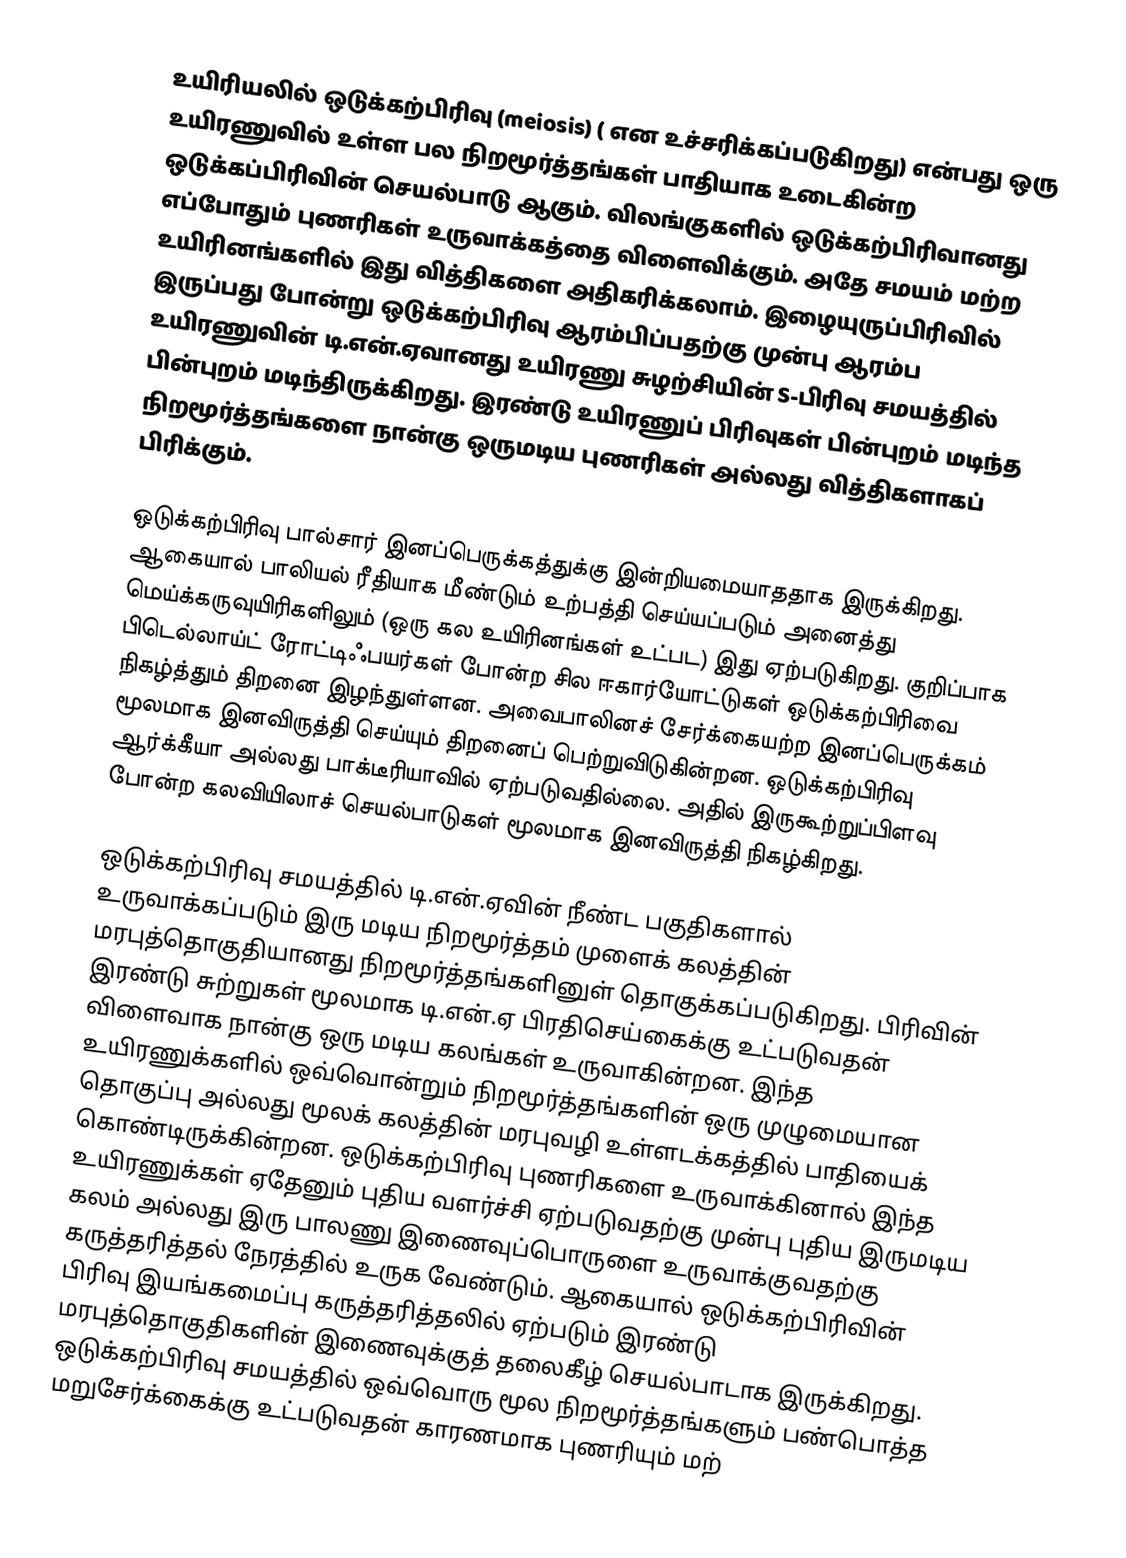
உயிரியலில் ஒடுக்கற்பிரிவு (meiosis) ( என உச்சரிக்கப்படுகிறது) என்பது ஒரு உயிரணுவில் உள்ள பல நிறமூர்த்தங்கள் பாதியாக உடைகின்ற ஒடுக்கப்பிரிவின் செயல்பாடு ஆகும். விலங்குகளில் ஒடுக்கற்பிரிவானது எப்போதும் புணரிகள் உருவாக்கத்தை விளைவிக்கும். அதே சமயம் மற்ற உயிரினங்களில் இது வித்திகளை அதிகரிக்கலாம். இழையுருப்பிரிவில் இருப்பது போன்று ஒடுக்கற்பிரிவு ஆரம்பிப்பதற்கு முன்பு ஆரம்ப உயிரணுவின் டி.என்.ஏவானது உயிரணு சுழற்சியின் S-பிரிவு சமயத்தில் பின்புறம் மடிந்திருக்கிறது. இரண்டு உயிரணுப் பிரிவுகள் பின்புறம் மடிந்த நிறமூர்த்தங்களை நான்கு ஒருமடிய புணரிகள் அல்லது வித்திகளாகப் பிரிக்கும்.

ஒடுக்கற்பிரிவு பால்சார் இனப்பெருக்கத்துக்கு இன்றியமையாததாக இருக்கிறது. ஆகையால் பாலியல் ரீதியாக மீண்டும் உற்பத்தி செய்யப்படும் அனைத்து மெய்க்கருவுயிரிகளிலும் (ஒரு கல உயிரினங்கள் உட்பட) இது ஏற்படுகிறது. குறிப்பாக பிடெல்லாய்ட் ரோட்டிஃபயர்கள் போன்ற சில ஈகார்யோட்டுகள் ஒடுக்கற்பிரிவை நிகழ்த்தும் திறனை இழந்துள்ளன. அவைபாலினச் சேர்க்கையற்ற இனப்பெருக்கம் மூலமாக இனவிருத்தி செய்யும் திறனைப் பெற்றுவிடுகின்றன. ஒடுக்கற்பிரிவு ஆர்க்கீயா அல்லது பாக்டீரியாவில் ஏற்படுவதில்லை. அதில் இருகூற்றுப்பிளவு போன்ற கலவியிலாச் செயல்பாடுகள் மூலமாக இனவிருத்தி நிகழ்கிறது.

ஒடுக்கற்பிரிவு சமயத்தில் டி.என்.ஏவின் நீண்ட பகுதிகளால் உருவாக்கப்படும் இரு மடிய நிறமூர்த்தம் முளைக் கலத்தின் மரபுத்தொகுதியானது நிறமூர்த்தங்களினுள் தொகுக்கப்படுகிறது. பிரிவின் இரண்டு சுற்றுகள் மூலமாக டி.என்.ஏ பிரதிசெய்கைக்கு உட்படுவதன் விளைவாக நான்கு ஒரு மடிய கலங்கள் உருவாகின்றன. இந்த உயிரணுக்களில் ஒவ்வொன்றும் நிறமூர்த்தங்களின் ஒரு முழுமையான தொகுப்பு அல்லது மூலக் கலத்தின் மரபுவழி உள்ளடக்கத்தில் பாதியைக் கொண்டிருக்கின்றன. ஒடுக்கற்பிரிவு புணரிகளை உருவாக்கினால் இந்த உயிரணுக்கள் ஏதேனும் புதிய வளர்ச்சி ஏற்படுவதற்கு முன்பு புதிய இருமடிய கலம் அல்லது இரு பாலணு இணைவுப்பொருளை உருவாக்குவதற்கு கருத்தரித்தல் நேரத்தில் உருக வேண்டும். ஆகையால் ஒடுக்கற்பிரிவின் பிரிவு இயங்கமைப்பு கருத்தரித்தலில் ஏற்படும் இரண்டு மரபுத்தொகுதிகளின் இணைவுக்குத் தலைகீழ் செயல்பாடாக இருக்கிறது. ஒடுக்கற்பிரிவு சமயத்தில் ஒவ்வொரு மூல நிறமூர்த்தங்களும் பண்பொத்த மறுசேர்க்கைக்கு உட்படுவதன் காரணமாக புணரியும் மற்